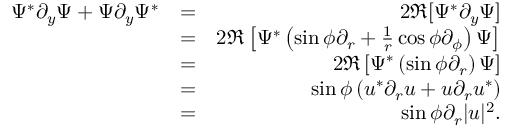
\begin{array} { r l r } { \Psi ^ { * } \partial _ { y } \Psi + \Psi \partial _ { y } \Psi ^ { * } } & { = } & { 2 \Re [ \Psi ^ { * } \partial _ { y } \Psi ] } \\ & { = } & { 2 \Re \left[ \Psi ^ { * } \left( \sin \phi \partial _ { r } + \frac { 1 } { r } \cos \phi \partial _ { \phi } \right) \Psi \right] } \\ & { = } & { 2 \Re \left[ \Psi ^ { * } \left( \sin \phi \partial _ { r } \right) \Psi \right] } \\ & { = } & { \sin \phi \left( u ^ { * } \partial _ { r } u + u \partial _ { r } u ^ { * } \right) } \\ & { = } & { \sin \phi \partial _ { r } | u | ^ { 2 } . } \end{array}